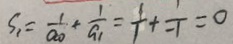
S _ { 1 } = \frac { 1 } { a _ { 0 } } + \frac { 1 } { a _ { 1 } } = \frac { 1 } { 1 } + \frac { 1 } { - 1 } = 0